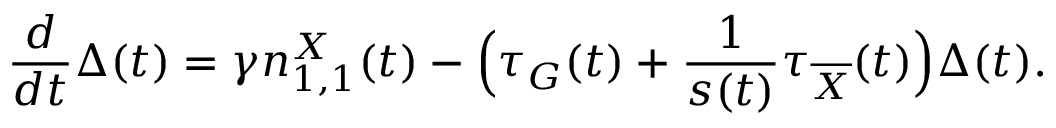
\frac { d } { d t } \Delta ( t ) = \gamma n _ { 1 , 1 } ^ { X } ( t ) - \Big ( \tau _ { G } ( t ) + \frac { 1 } { s ( t ) } \tau _ { \overline { { X } } } ( t ) \Big ) \Delta ( t ) .